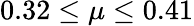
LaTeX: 0.32\leq\mu\leq 0.41